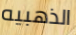
الذهبيه